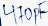
Text: 470pF